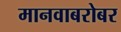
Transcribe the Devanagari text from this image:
मानवाबरोबर